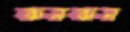
ঝনঝন